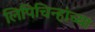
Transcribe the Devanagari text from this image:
लिपिचिन्हांच्या